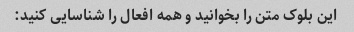
این بلوک متن را بخوانید و همه افعال را شناسایی کنید: